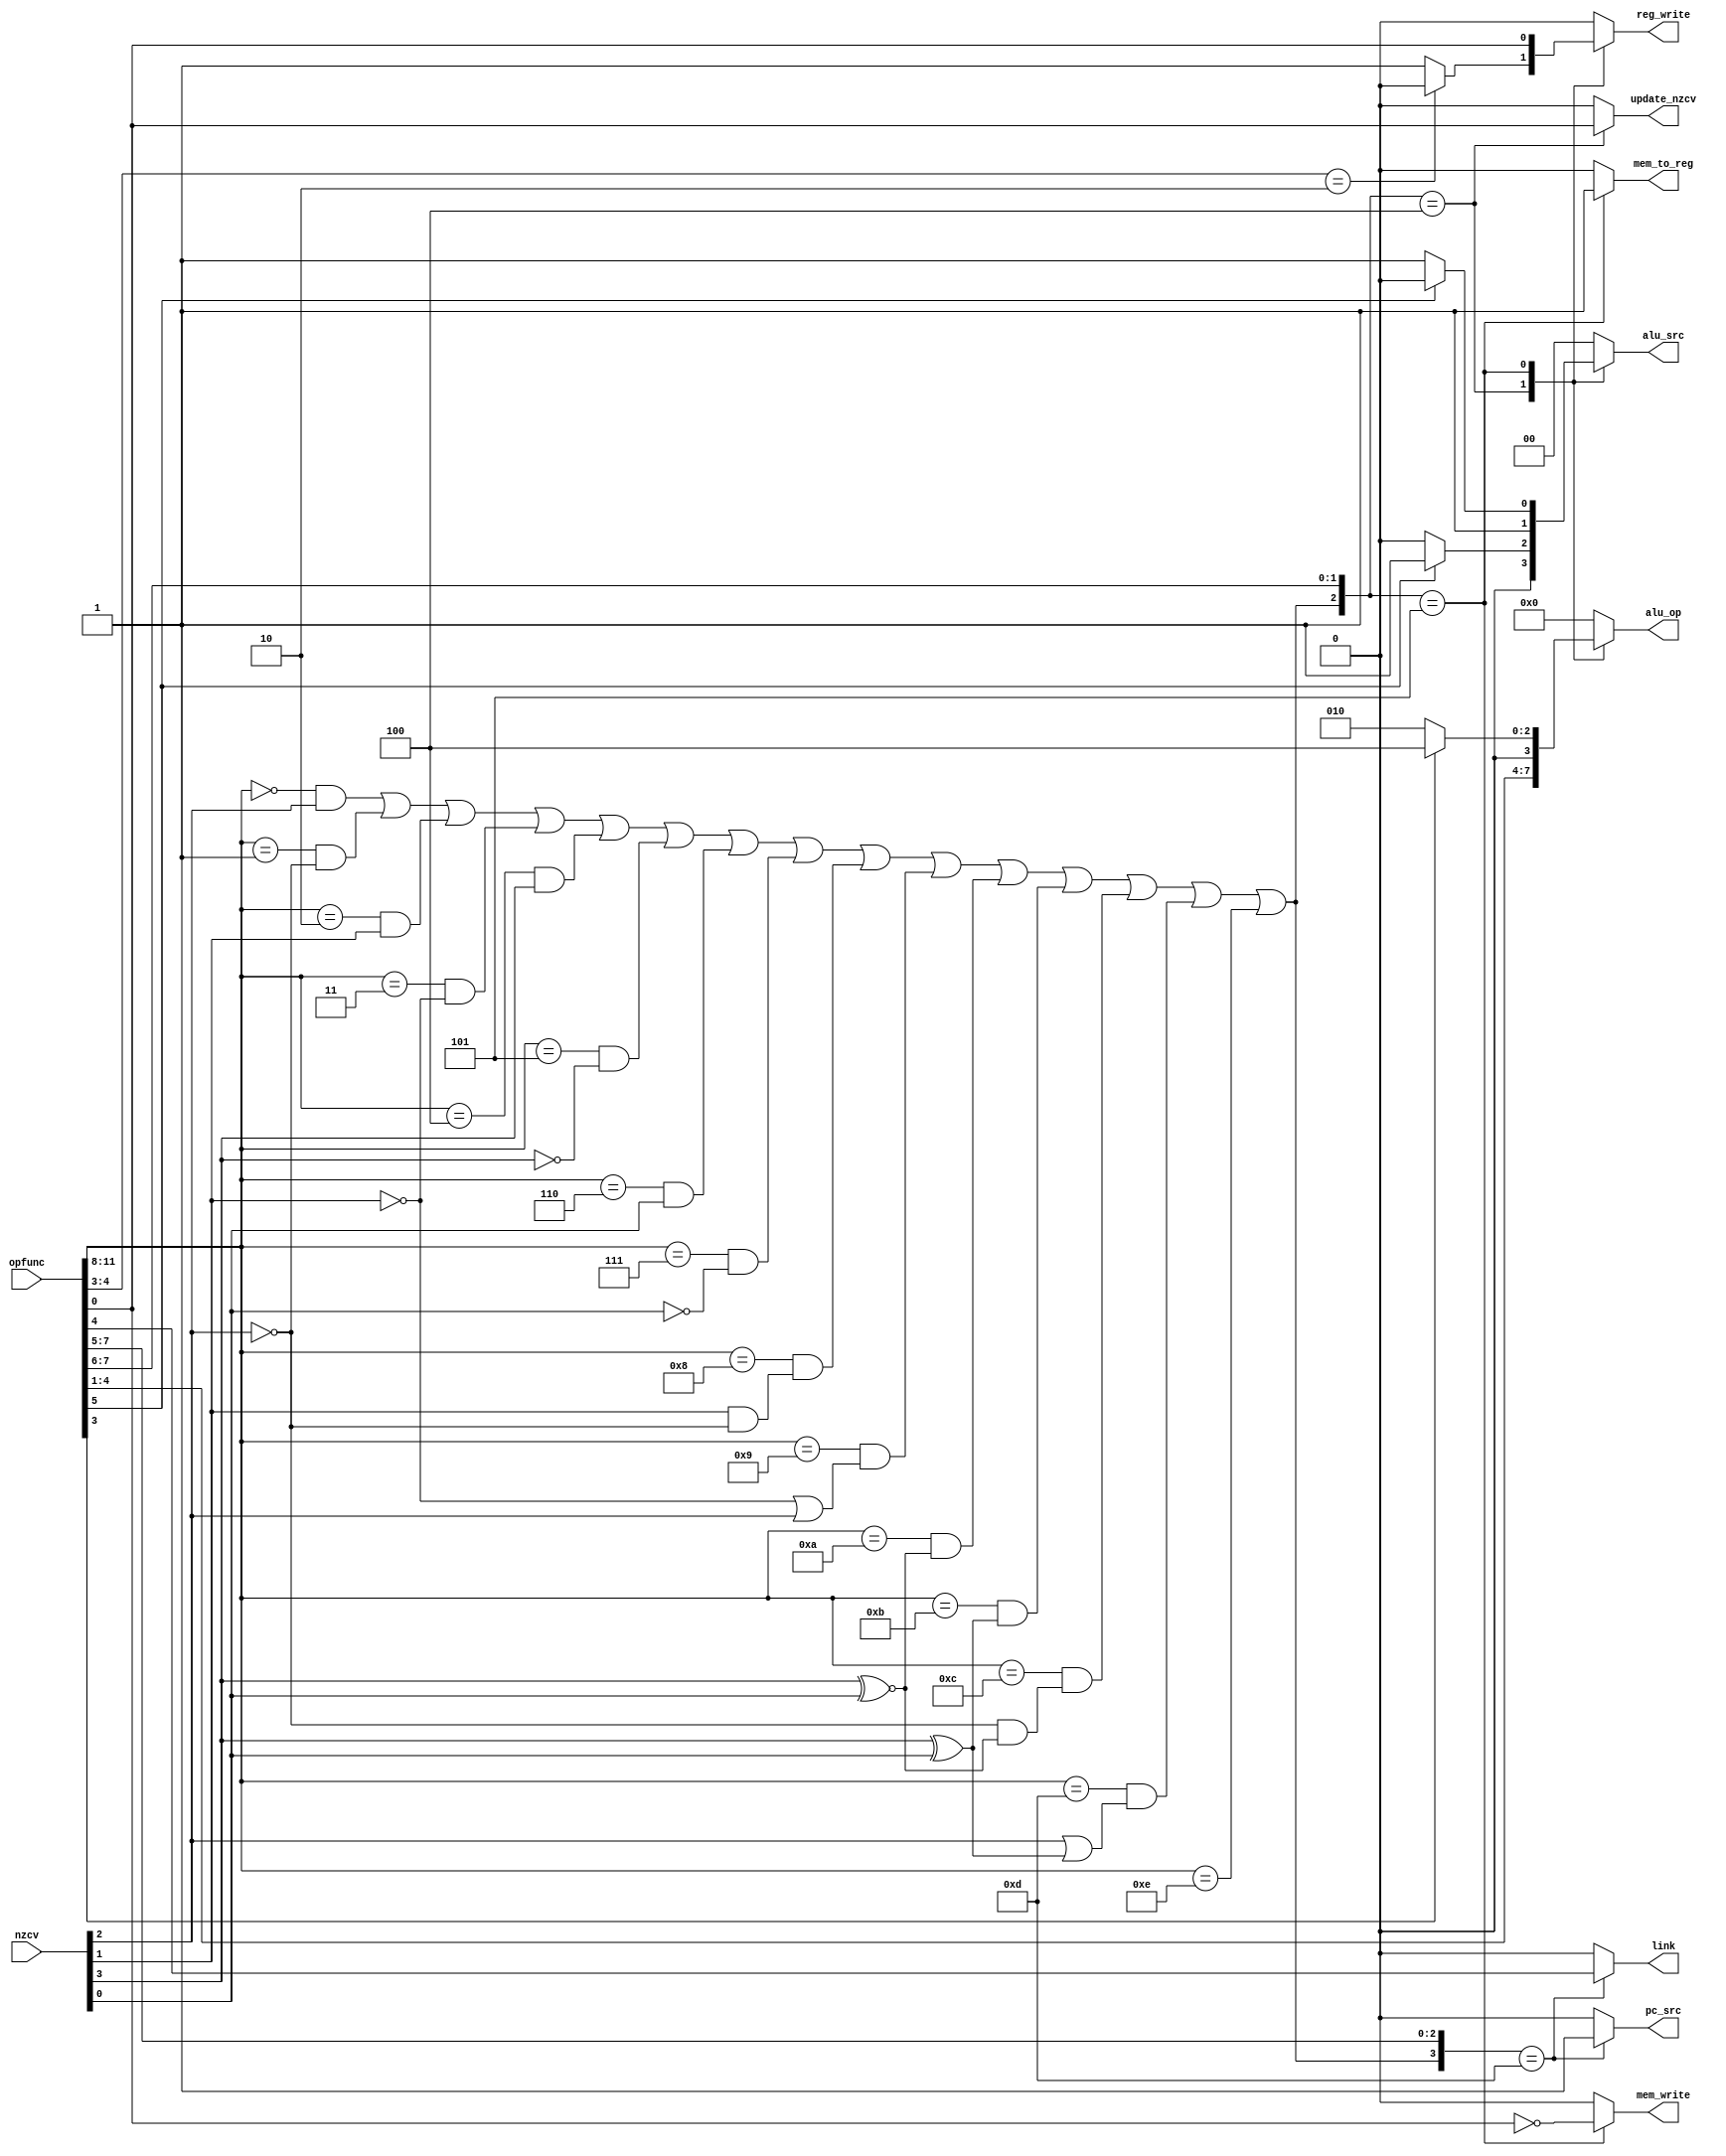
module controller(nzcv, opfunc, reg_write, alu_src, alu_op, mem_to_reg, mem_write, pc_src, update_nzcv, link);
	input [3:0]nzcv;
	input [11:0]opfunc;
	output reg reg_write, mem_to_reg, mem_write, pc_src, update_nzcv, link;
	output reg [1:0]alu_src;
	output reg [3:0]alu_op;

	assign {n, z, c, v} = nzcv[3:0];
    wire condition =
      ((opfunc[11:8] == 4'b0000) &  z) |				// EQ, Z=1
      ((opfunc[11:8] == 4'b0001) & ~z) |				// NE, Z=0
      ((opfunc[11:8] == 4'b0010) &  c) |				// CS, C=1
      ((opfunc[11:8] == 4'b0011) & ~c) |				// CC, C=0
      ((opfunc[11:8] == 4'b0100) &  n) |				// MI, N=1
      ((opfunc[11:8] == 4'b0101) & ~n) |				// PL, N=0
      ((opfunc[11:8] == 4'b0110) &  v) |				// VS, V=1
      ((opfunc[11:8] == 4'b0111) & ~v) |				// VC, V=0 
      ((opfunc[11:8] == 4'b1000) & (c & ~z)) |			// HI, C=1 & Z=0
      ((opfunc[11:8] == 4'b1001) & (~c | z)) |			// LS, C=0 | Z=1
      ((opfunc[11:8] == 4'b1010) & (n ~^ v)) |			// GE, N = V
      ((opfunc[11:8] == 4'b1011) & (n ^  v)) |			// LT, N V
      ((opfunc[11:8] == 4'b1100) & (~z & (n ~^ v))) |	// GT, Z=0 & N = V
      ((opfunc[11:8] == 4'b1101) & ( z | (n ^  v))) |	// LE, Z=1 | N V
       (opfunc[11:8] == 4'b1110);			// AL, always (nzcv ignored)
	
	always@(*) begin
		casex({condition, opfunc[7:5]})
			4'b1101: begin // branch
				reg_write = 1'b0;
				alu_src = 2'b00;
				alu_op = 4'b0000;
				mem_to_reg = 1'b0;
				mem_write = 1'b0;
				pc_src = 1'b1;
				update_nzcv = 1'b0;
				link = opfunc[4];
			end
			4'b100x: begin // data processing
				reg_write = (opfunc[4:3] == 2'b10)? 1'b0 : 1'b1;
				alu_src = (opfunc[5])? 2'b01 : 2'b00;
				alu_op = opfunc[4:1];
				mem_to_reg = 1'b0;
				mem_write = 1'b0;
				pc_src = 1'b0;
				update_nzcv = opfunc[0];
				link = 1'b0;
			end
			4'b101x: begin // data transfer
				reg_write = opfunc[0];
				alu_src = (opfunc[5])? 2'b10 : 2'b11;
				alu_op = (opfunc[3])? 4'b0100 : 4'b0010;
				mem_to_reg = 1'b1;
				mem_write = ~opfunc[0];
				pc_src = 1'b0;
				update_nzcv = 1'b0;
				link = 1'b0;
			end
			default: begin // fail
				reg_write = 1'b0;
				alu_src = 2'b00;
				alu_op = 4'b0000;
				mem_to_reg = 1'b0;
				mem_write = 1'b0;
				pc_src = 1'b0;
				update_nzcv = 1'b0;
				link = 1'b0;
			end
		endcase
	end
endmodule


// branch 101
// data processing 00x
// data transfer 01x